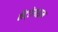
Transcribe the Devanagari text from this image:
नैट्टेशाइम